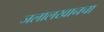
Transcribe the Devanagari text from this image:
जलालखानचा